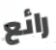
رائع